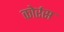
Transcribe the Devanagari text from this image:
कोर्रस